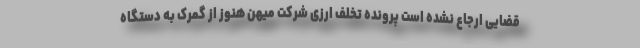
قضایی ارجاع نشده است پرونده تخلف ارزی شرکت میهن هنوز از گمرک به دستگاه